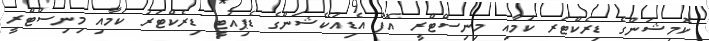
ކޮމިޝަންގެ ޑިރެކްޓަރ ކަމާއި މިނިސްޓްރީ އޮފް އެޑިއުކޭޝަންގެ ޑެޕިއުޓީ ޑިރެކްޓަރު ކަމާއި މިނިސްޓްރީ